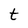
Character: t